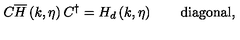
C \overline { { H } } \left( k , \eta \right) C ^ { \dagger } = H _ { d } \left( k , \eta \right) \qquad \mathrm { d i a g o n a l } ,